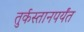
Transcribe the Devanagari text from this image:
तुर्कस्तानपर्यंत